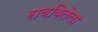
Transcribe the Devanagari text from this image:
राबविलेला